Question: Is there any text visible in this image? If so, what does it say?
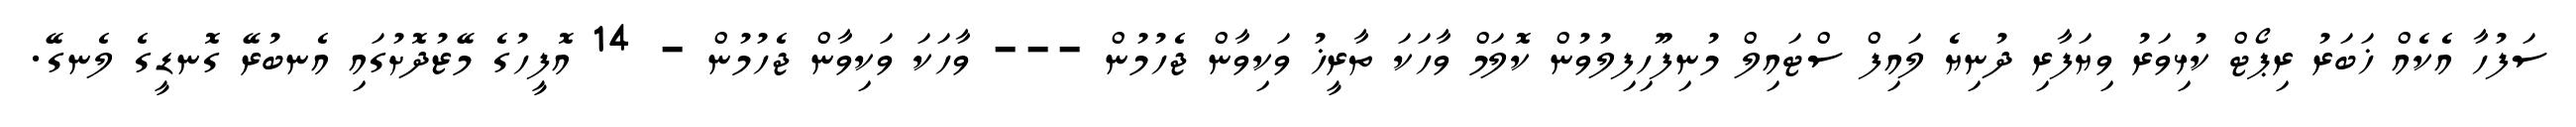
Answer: ސަފުހާ އެކެއް ޚަބަރު ރިޕޯޓް ކުޅިވަރު ވިޔަފާރި ދުނިޔެ ލައިފް ސްޓައިލް މުނިފޫހިފިލުވުން ކޮލަމް ވާހަކަ ތާރީޚު ވަކިވާން ޖެހުމުން --- ވާހަކަ ވަކިވާން ޖެހުމުން - 14 އޮފީހުގެ މޭޒުދޮށުގައި އެނބުރޭ ގޮނޑީގެ ލެނގޭ.